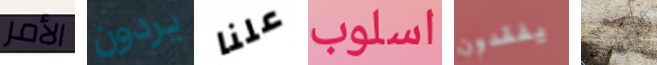
الأمر يردون علنا اسلوب يفقدون منتفخة